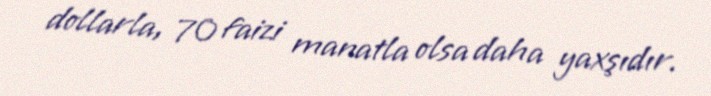
dollarla, 70 faizi manatla olsa daha yaxşıdır.